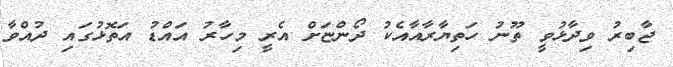
ޖާބިރު ވިދާޅުވީ ތޫނު ހަތިޔާރާއާއެކު ދޯންޏަށް އެރީ މިހާރު އައްޑު އަތޮޅުގައި ދުއްވާ